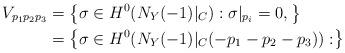
LaTeX: \begin{align*}V_{p_1p_2p_3} &= \left\{ \sigma \in H^0(N_Y(-1)|_C) : \sigma|_{p_i} = 0, \right\} \\&= \left\{ \sigma \in H^0(N_Y(-1)|_C(-p_1-p_2-p_3)) : \right\}\end{align*}